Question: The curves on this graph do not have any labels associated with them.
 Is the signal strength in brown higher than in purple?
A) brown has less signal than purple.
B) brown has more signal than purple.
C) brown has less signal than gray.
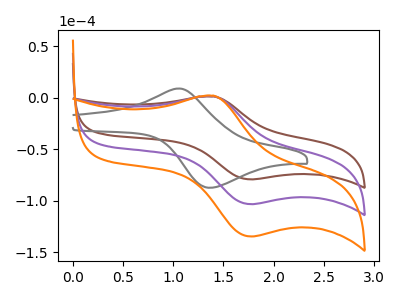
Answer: <think>The brown curve "brown" has an anodic peak at (1.40V, 1.05uA) and a cathodic peak at (1.80V, -79.35uA). The gray curve "gray" has an anodic peak at (1.05V, 8.85uA) and a cathodic peak at (1.35V, -87.55uA). The purple curve "purple" has an anodic peak at (1.40V, 1.40uA) and a cathodic peak at (1.80V, -103.45uA). The orange curve "orange" has an anodic peak at (1.40V, 2.80uA) and a cathodic peak at (1.80V, -206.85uA).
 All the peaks in "brown" have a peak in "purple" at the same potential. Every peak in "brown" is lower than every peak in "purple".</think>
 <answer>A) "brown" has less signal than "purple".</answer>
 <eval>A</eval>